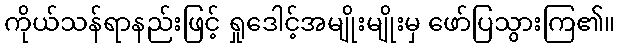
ကိုယ်သန်ရာနည်းဖြင့် ရှုဒေါင့်အမျိုးမျိုးမှ ဖော်ပြသွားကြ၏။